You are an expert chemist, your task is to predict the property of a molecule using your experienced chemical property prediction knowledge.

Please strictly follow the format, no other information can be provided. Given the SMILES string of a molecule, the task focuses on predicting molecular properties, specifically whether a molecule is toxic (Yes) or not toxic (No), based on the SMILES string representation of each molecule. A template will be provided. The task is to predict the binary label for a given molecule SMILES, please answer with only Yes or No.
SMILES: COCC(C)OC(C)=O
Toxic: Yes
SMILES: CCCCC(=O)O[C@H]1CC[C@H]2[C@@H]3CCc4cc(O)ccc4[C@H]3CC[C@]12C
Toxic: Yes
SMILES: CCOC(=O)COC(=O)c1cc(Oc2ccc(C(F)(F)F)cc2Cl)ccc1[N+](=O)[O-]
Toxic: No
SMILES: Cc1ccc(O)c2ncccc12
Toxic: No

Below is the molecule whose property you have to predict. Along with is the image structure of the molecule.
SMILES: Oc1ccc(-c2ccccc2)cc1
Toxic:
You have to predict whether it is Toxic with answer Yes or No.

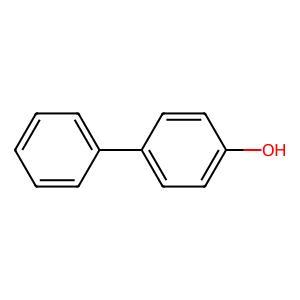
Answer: No